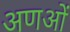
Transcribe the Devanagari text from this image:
अणओं